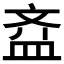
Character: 𱌘